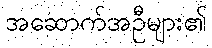
အဆောက်အဦများ၏